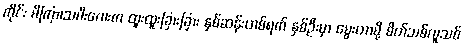
ကိုင်း မိကြာ၊သမီးလေးက ထူးထူးခြားခြား နှစ်ဆန်းတစ်ရက် နှစ်ဦးမှာ မွေးတာမို့ စိတ်သစ်လူသစ်